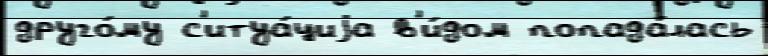
друго́му с'итуа́циjа в'и́дом попада́лась